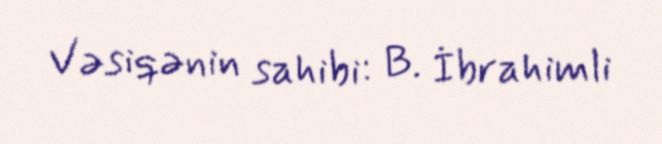
Vəsiqənin sahibi: B. İbrahimli